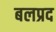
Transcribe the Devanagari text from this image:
बलप्रद